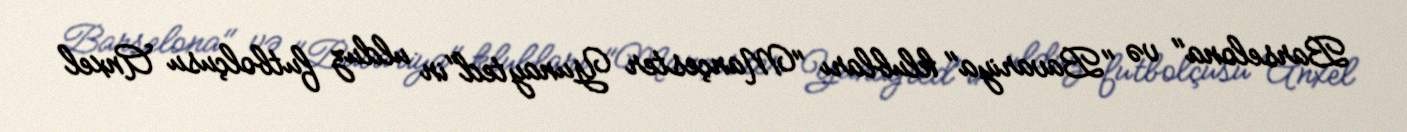
Barselona" və "Bavariya" klubları "Mançester Yunayted"in ulduz futbolçusu Anxel